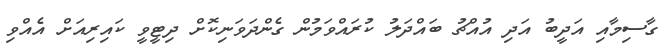
ގާސިމާއި އަދީބު އަދި އުއްޗު ބައްދަލު ކުރައްވަމުން ގެންދަވަނިކޮށް ދިޓީވީ ކައިރިއަށް އެއްވި